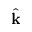
\widehat { \mathbf k }